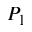
P _ { 1 }